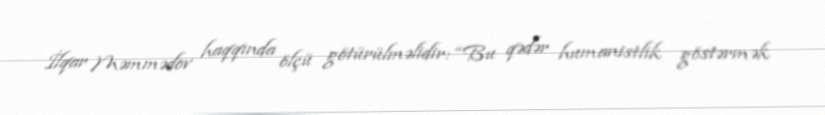
İlqar Məmmədov haqqında ölçü götürülməlidir: “Bu qədər humanistlik göstərmək